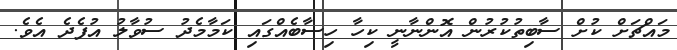
މައްޗަށް ކުށް ސާބިތުކުރުން އޮންނާނީ ކިހާ ހިސާބެއްގައި ކަމާމެދު ސުވާލު އުފެދެ އެވެ.